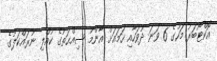
އޮކްޓޯބަރު މަހުގެ 6 ވަނަ ދުވަހާއި ހަމައަށް އާންމު ސިއްޙަތުގެ ކުއްލި ނުރައްކަލުގެ